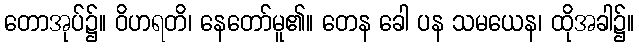
တောအုပ်၌။ ဝိဟရတိ၊ နေတော်မူ၏။ တေန ခေါ ပန သမယေန၊ ထိုအခါ၌။